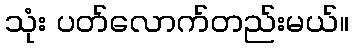
သုံး ပတ်လောက်တည်းမယ်။